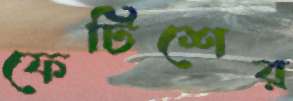
ফেটিশের